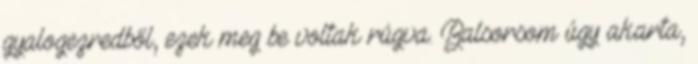
gyalogezredből, ezek meg be voltak rúgva. Balsorsom úgy akarta,